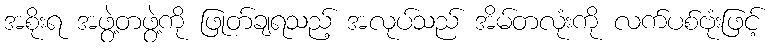
အစိုးရ အဖွဲ့တဖွဲ့ကို ဖြုတ်ချရသည့် အလုပ်သည် အိမ်တလုံးကို လက်ပစ်ဗုံးဖြင့်